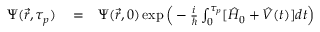
\begin{array} { r l r } { \Psi ( \vec { r } , \tau _ { p } ) } & { { } = } & { \Psi ( \vec { r } , 0 ) \exp { \Big ( - \frac { i } { \hbar } \int _ { 0 } ^ { \tau _ { p } } [ { \hat { H } } _ { 0 } + \hat { V } ( t ) ] d t \Big ) } } \end{array}